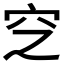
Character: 𱶰